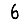
Digit: 6